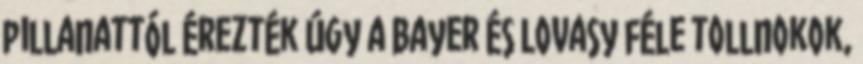
pillanattól érezték úgy a Bayer és Lovasy féle tollnokok,